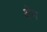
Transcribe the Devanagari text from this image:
थेग